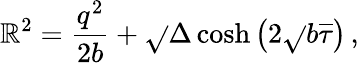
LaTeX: \mathbb{R}^{2}=\frac{{q^{2}}}{{2b}}+\sqrt{}{{\Delta}}\cosh\left(2\sqrt{}{{b}}\overline{{{{\tau}}}}\right)\, ,